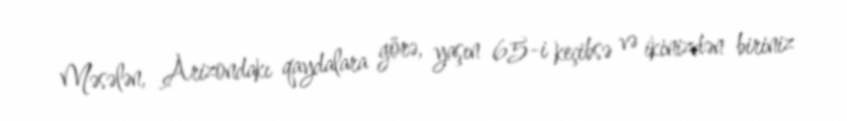
Məsələn, Arizondakı qaydalara görə, yaşın 65-i keçibsə və ikinizdən biriniz